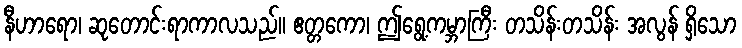
နီဟာရော၊ ဆုတောင်းရာကာလသည်။ ဧတ္တကော၊ ဤရွေ့ကမ္ဘာကြီး တသိန်းတသိန်း အလွန် ရှိသော